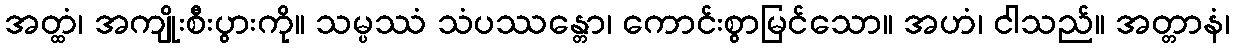
အတ္ထံ၊ အကျိုးစီးပွားကို။ သမ္ပဿံ သံပဿန္တော၊ ကောင်းစွာမြင်သော။ အဟံ၊ ငါသည်။ အတ္တာနံ၊